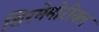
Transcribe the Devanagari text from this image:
शिरमेमोरीयल